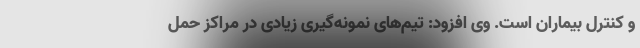
و کنترل بیماران است. وی افزود: تیم‌های نمونه‌گیری زیادی در مراکز حمل